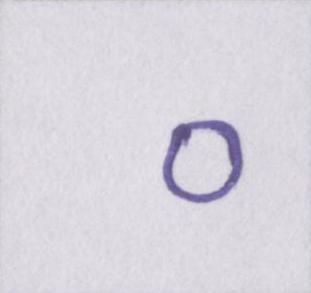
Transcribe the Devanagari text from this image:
०